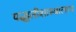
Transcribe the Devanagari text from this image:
पद्धतीशास्त्रालाच